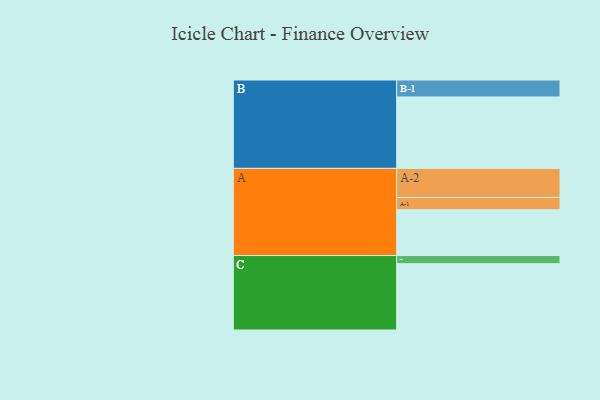
{"axis": {"x": "Segment", "y": "Value"}, "legend": ["", "A", "B", "C"], "data": [{"x": "A", "y": 332, "type": ""}, {"x": "B", "y": 518, "type": ""}, {"x": "C", "y": 481, "type": ""}, {"x": "A-1", "y": 89, "type": "A"}, {"x": "A-2", "y": 211, "type": "A"}, {"x": "B-1", "y": 123, "type": "B"}, {"x": "C-1", "y": 59, "type": "C"}]}